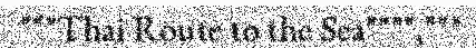
"""Thai Route to the Sea"""","""